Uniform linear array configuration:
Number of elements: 4
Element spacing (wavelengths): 0.25
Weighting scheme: binomial
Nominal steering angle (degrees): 0
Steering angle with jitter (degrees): -1.983
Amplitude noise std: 0.05
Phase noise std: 0.05

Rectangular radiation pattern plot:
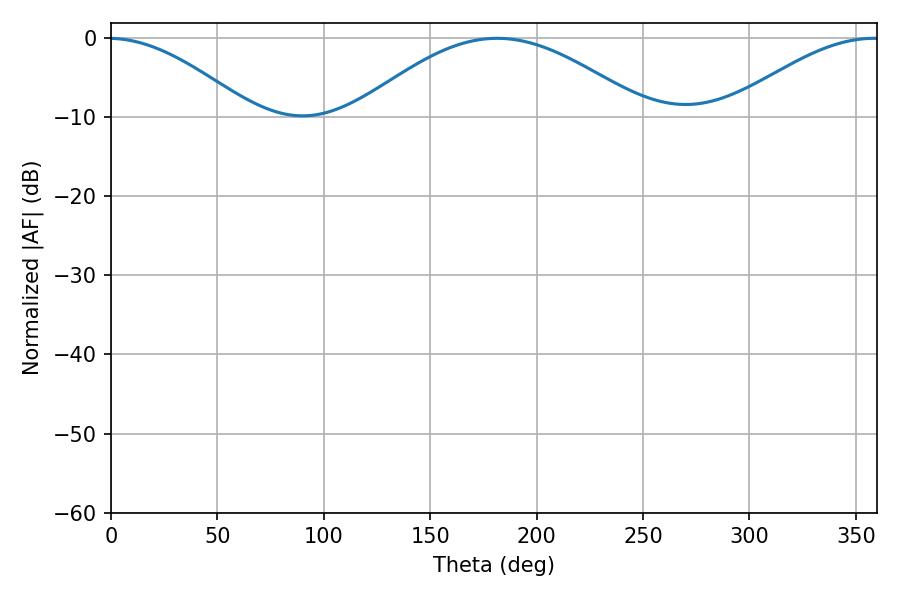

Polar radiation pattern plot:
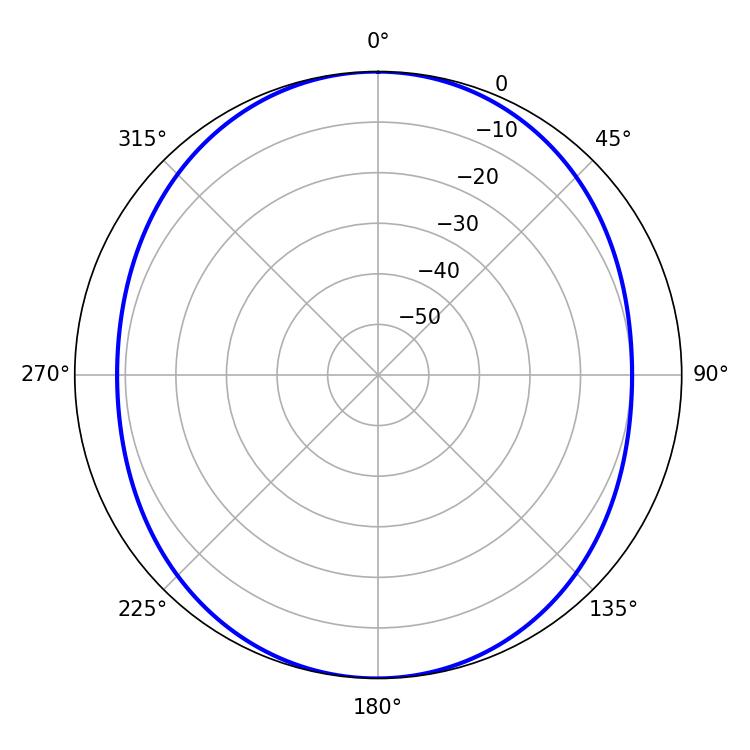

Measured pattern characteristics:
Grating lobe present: FALSE
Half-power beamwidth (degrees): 73.44
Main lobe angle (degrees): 181.44